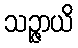
သဉ္ဇာယိ